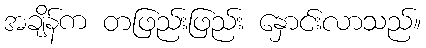
အချိန်က တဖြည်းဖြည်း နှောင်းလာသည်။